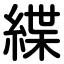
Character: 緤